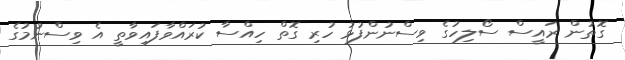
ގޮތުން ރައީސް ސޯލިހުގެ ވިސްނުންފުޅު ހުރި ގޮތް ހިއްސާ ކުރައްވާފައިވާތީ އެ ވިސްނުމުގެ